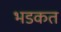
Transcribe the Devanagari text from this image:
भडकत